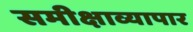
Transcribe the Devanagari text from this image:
समीक्षाव्यापार